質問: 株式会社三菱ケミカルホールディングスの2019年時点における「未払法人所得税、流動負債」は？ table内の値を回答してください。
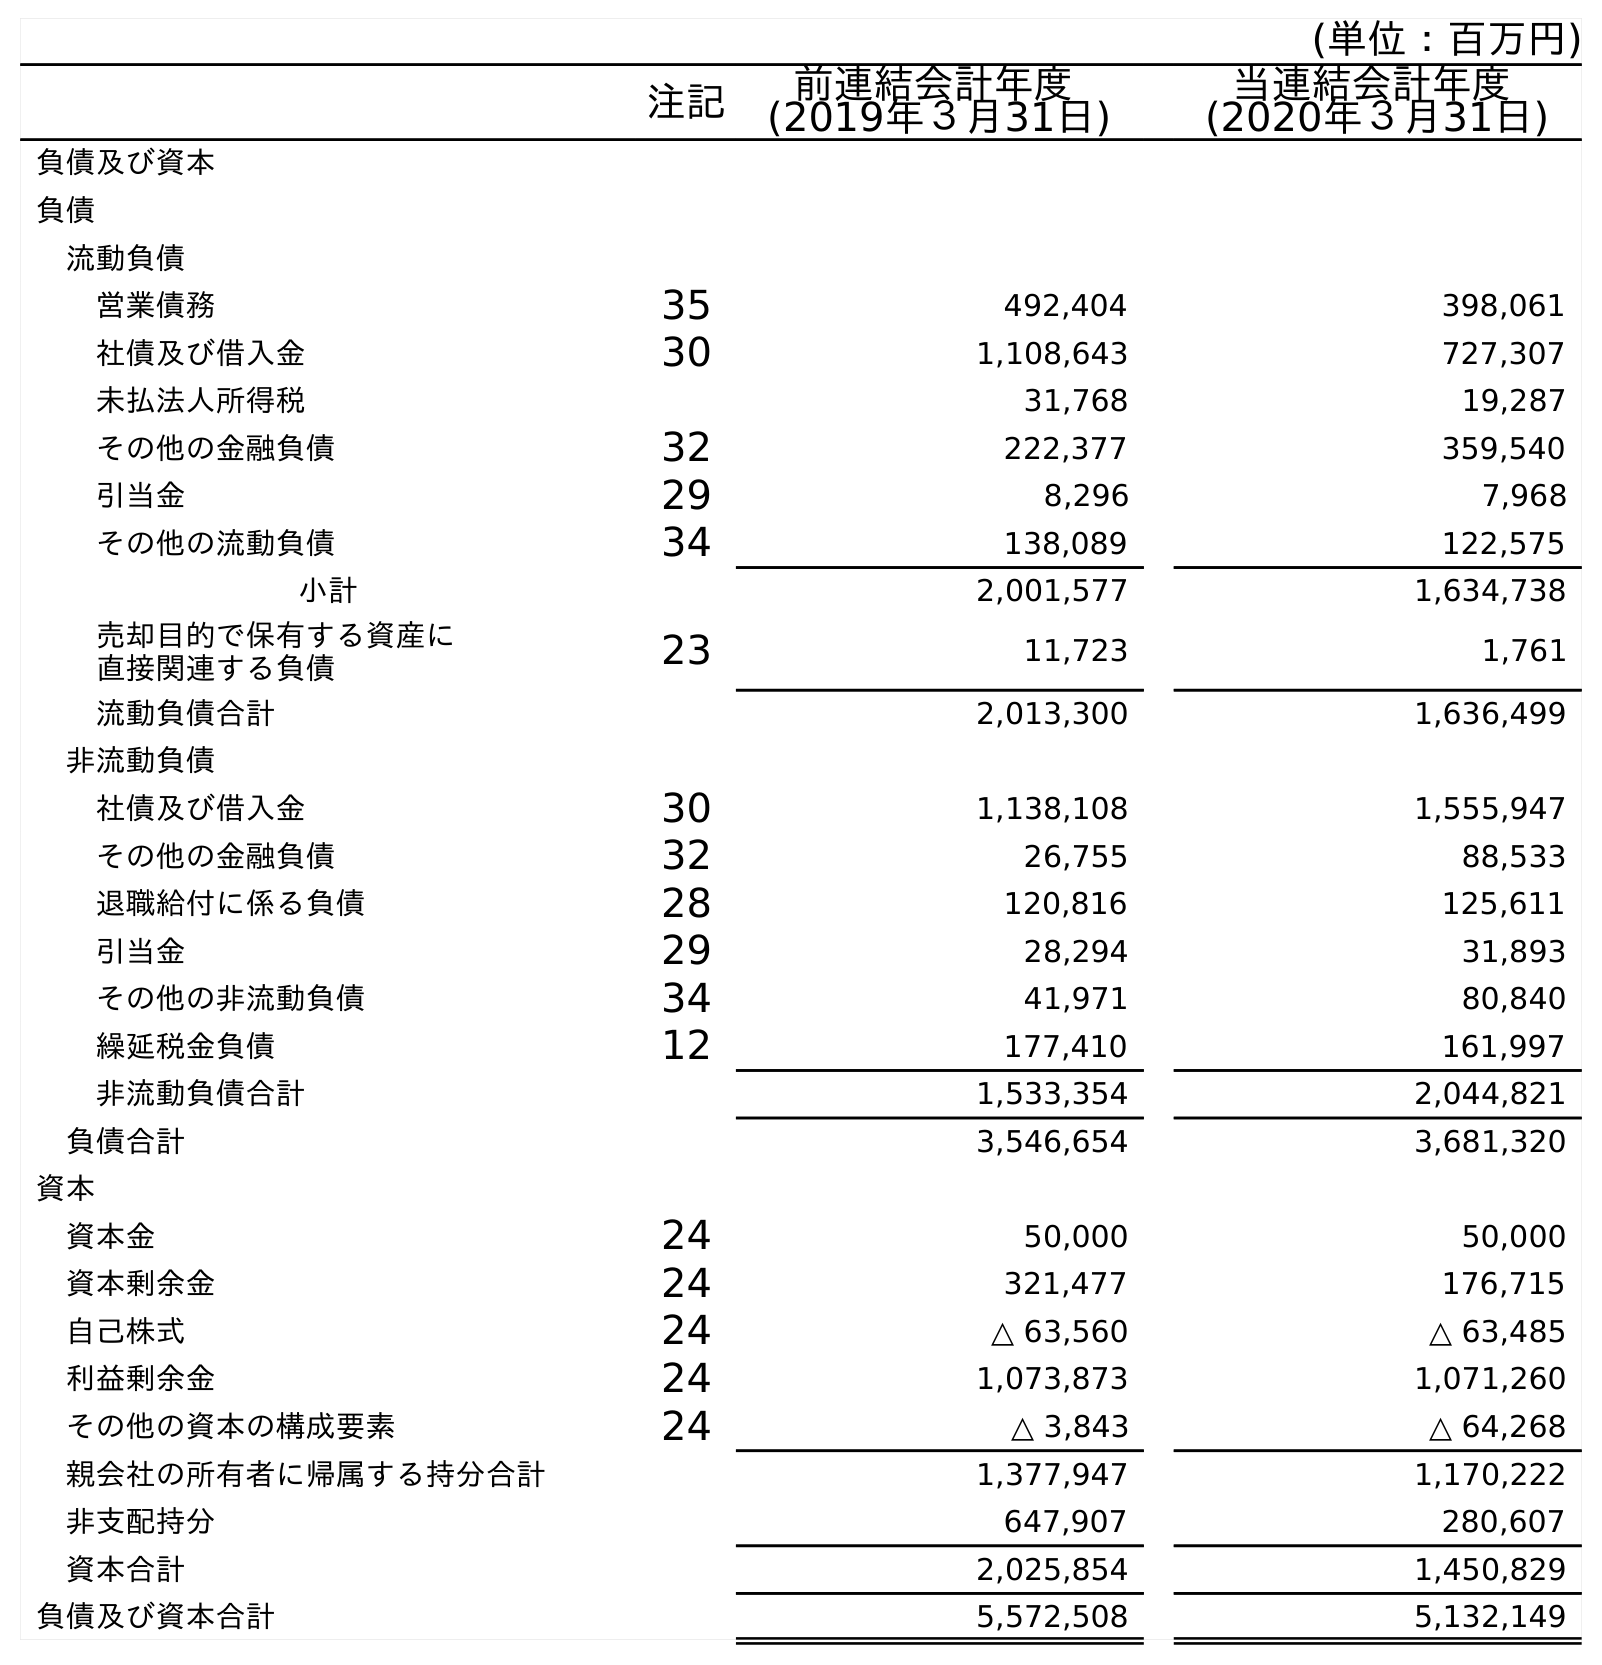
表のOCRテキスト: (単位：百万円) 注記 前連結会計年度 (2019年３月31日) 当連結会計年度 (2020年３月31日) 負債及び資本 負債 流動負債 営業債務 35 492,404 398,061 社債及び借入金 30 1,108,643 727,307 未払法人所得税 31,768 19,287 その他の金融負債 32 222,377 359,540 引当金 29 8,296 7,968 その他の流動負債 34 138,089 122,575 小計 2,001,577 1,634,738 売却目的で保有する資産に 直接関連する負債 23 11,723 1,761 流動負債合計 2,013,300 1,636,499 非流動負債 社債及び借入金 30 1,138,108 1,555,947 その他の金融負債 32 26,755 88,533 退職給付に係る負債 28 120,816 125,611 引当金 29 28,294 31,893 その他の非流動負債 34 41,971 80,840 繰延税金負債 12 177,410 161,997 非流動負債合計 1,533,354 2,044,821 負債合計 3,546,654 3,681,320 資本 資本金 24 50,000 50,000 資本剰余金 24 321,477 176,715 自己株式 24 △ 63,560 △ 63,485 利益剰余金 24 1,073,873 1,071,260 その他の資本の構成要素 24 △ 3,843 △ 64,268 親会社の所有者に帰属する持分合計 1,377,947 1,170,222 非支配持分 647,907 280,607 資本合計 2,025,854 1,450,829 負債及び資本合計 5,572,508 5,132,149
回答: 31,768